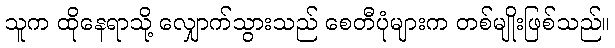
သူက ထိုနေရာသို့ လျှောက်သွားသည် စေတီပုံများက တစ်မျိုးဖြစ်သည်။